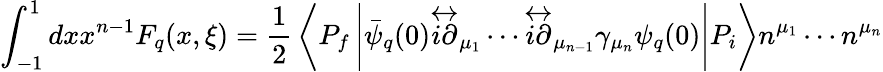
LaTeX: \int_{-1}^{1}dxx^{n-1}F_{q}(x,\xi)={\frac{1}{2}}\left\langle P_{f}\left|\bar{\psi}_{q}(0)\stackrel{\leftrightarrow}{i\partial}_{\mu_{1}}\cdots\stackrel\leftrightarrow{i\partial}_{\mu_{n-1}}\gamma_{\mu_{n}}\psi_{q}(0)\right|P_{i}\right\rangle n^{\mu_{1}}\cdots n^{\mu_{n}}